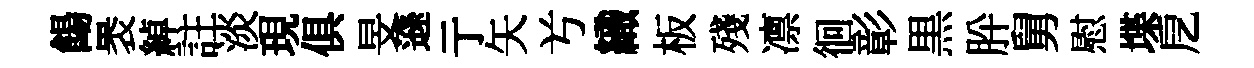
餳褁綽註淡現俱旻遜亍矢𠔃織板殘凛徊彰黒肸舅慰堞戹